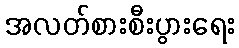
အလတ်စားစီးပွားရေး